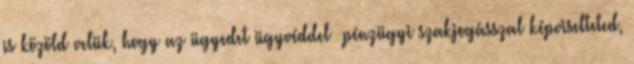
is közöld velük, hogy az ügyedet ügyvéddel pénzügyi szakjogásszal képviselteted,